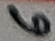
Text: 6